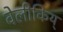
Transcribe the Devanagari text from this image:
वेलीकिय्